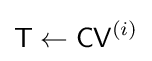
{\textsf {T}}\leftarrow {\textsf {CV}}^{(i)}